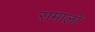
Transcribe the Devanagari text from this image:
रामालो